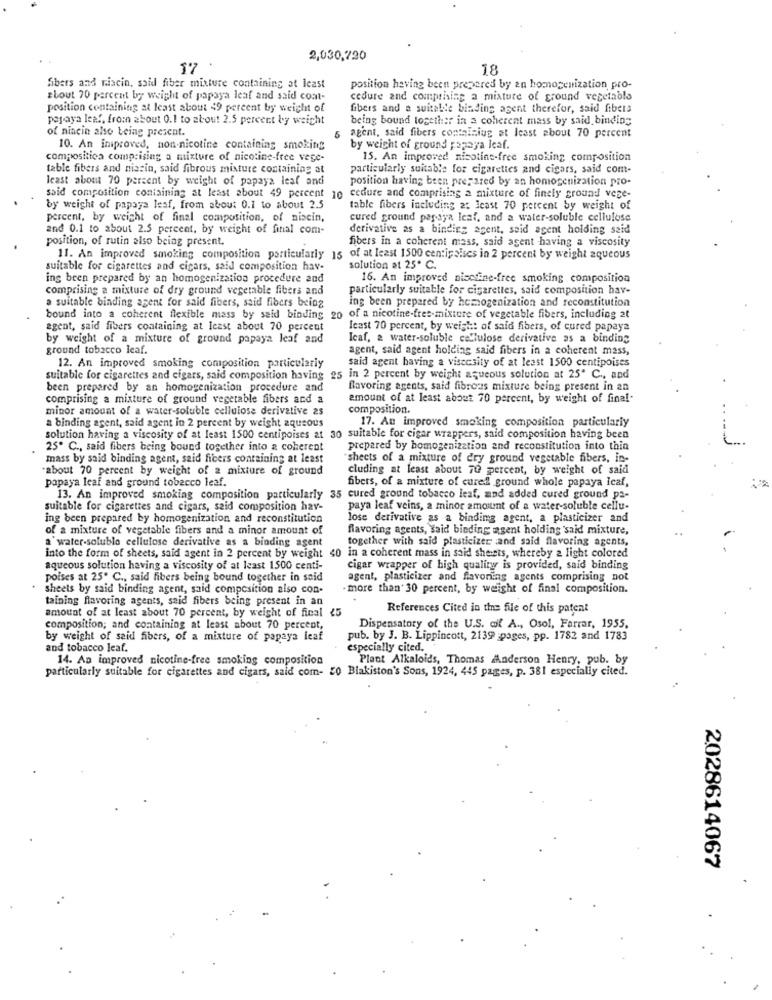
2,030,720
18
fibers and niacin, said fiber mixture containing at least
position having been prepared by an homogenization, pro-
about 70 percent by weight of papaya leaf and said coat-
cedure and comprising a mixture of ground vegetable
position containing at least about 49 percent by weight of
fibers and a suitable binding agent therefor, said fibers
papaya leaf, from about 0.1 to about 2.5 percent by weight
being bound together in a coherent mass by said binding
of niacin also being present.
5 agent, said fibers containing at least about 70 percent
10. An improved, non-nicotine containing smoking
by weight of ground papaya leaf.
compositica comprising a mixture of nicotine-free vege-
15. An improved nicotine-free smoking composition
table fibers and niacin, said fibrous misture containing at
particularly suitable for cigarettes and cigars, said com-
least about 70 percent by weight of papaya leaf and
position having been prepared by an homogenization pro-
said composition containing at least about 49 percent 10 cedure and comprising a mixture of finely ground vege-
by weight of papaya leaf, from about 0.1 to about 2.5
table fibers including at least 70 percent by weight of
percent, by weight of final composition, of nisein,
cured ground papaya leaf, and a water-soluble cellulose
and 0.1 to about 2.5 percent, by weight of final com-
derivative as a binding agent, seid agent holding said
position, of rutin also being present.
fibers in a coherent mass, said agent having a viscosity
11. An improved smoking composition particularly 15 of at least 1500 centipaises in 2 percent by weight aqueous
suitable for cigarettes and cigars, said composition hav-
solution at 25º C.
ing been prepared by an homogenization procedure and
16. An improved nisefine-free smoking composition
comprising a mixture of dry ground vegetable fibers and
particularly suitable for cigarettes, said composition hav-
ing been prepared by homogenization and reconstitution
a suitable binding agent for said fibers, said fibers beiog
bound into a coherent flexible mass by said binding 20 of a nicotine-fres-mixture of vegetable fibers, including 2t
agent, said fibers containing at least about 70 percent
least 70 percent, by weight of said fibers, of cured papaya
by weight of a mixture of ground papaya leaf and
Icaf, a water-soluble cellulose derivative as a binding
ground tobacco leaf.
agent, said agent holding said fibers in a coherent mass,
said agent having a visecsity of at least 1500 centipoises
12. An improved smoking composition particularly
suitable for cigarettes and cigars, said composition having 25 in 2 percent by weight aqueous solution at 25" C ., and
been prepared by an homogenization procedure and
flavoring agents, said fibroas mixture being present in an
comprising a mixture of ground vegetable fibers and a
amount of at least about 70 percent, by weight of final-
minor amount of a water-soluble cellulose derivative 2s
composition.
17. An improved smoking composition particularly
a binding agent, said agent in 2 percent by weight aqueous
solution having a viscosity of at least 1500 centipoises at 30 suitable for cigar wrappers, said composition having been
25. C ., said fibers being bound together into a coherent
prepared by homogenization and reconstitution into thia
mass by said binding agent, said fibers containing at least
sheets of a mixture of dry ground vegetable fibers, in-
"about 70 percent by weight of 2 mixture of ground
cluding at least about TO percent, by weight of said
fibers, of a mixture of cured ground whole papaya Icaf,
papaya leaf and ground tobacco leaf.
13. An improved smoking composition particularly 35 cured ground tobacco leaf, and added cured ground pa-
suitable for cigarettes and cigars, said composition hav-
paya leaf veins, a minor amount of a water-soluble cellu-
ing been prepared by homogenization and reconstitution
lose derivative as a binding agent, a plasticizer and
of a mixture of vegetable fibers and a minor amount of
flavoring agents, said binding agent holding'said mixture,
a water-soluble cellulose derivative as a binding agent
together with said plasticizer :and said flavoring agents,
into the form of sheets, said agent in 2 percent by weight 40 in a coherent mass in said sheets, whereby 2 light colored
aqueous solution having a viscosity of at least 1500 centi-
cigar wrapper of high quality is provided, said binding
poises at 25. C ., said fibers being bound together in said
agent, plasticizer and flavoring agents comprising not
sheets by said binding agent, said composition also con-
more than' 30 percent, by weight of final composition.
taining flavoring agents, said fibers being present in an
amount of at least about 70 percent, by weight of final 45
References Cited in the file of this patent
composition; and containing at least about 70 percent,
Dispensatory of the U.S. of A ., Osol, Farrar, 1955,
by weight of said fibers, of a mixture of papaya leaf
pub. by J. B. Lippincott, 2139 pages, pp. 1782 and 1783
and tobacco leaf.
especially cited.
14. An improved nicotine-free smoking composition
Plant Alkaloids, Thomas Anderson Henry, pub. by
particularly suitable for cigarettes and cigars, said com- 20 Biakiston's Sons, 1924, 445 pages, p. 381 especially cited.
2028614067